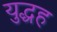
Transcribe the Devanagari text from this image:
युद्धह